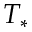
T _ { \ast }